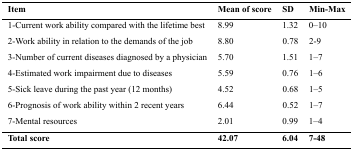
| Item | Mean of score | SD | Min-Max |
 | --- | --- | --- | --- |
 | 1-Current work ability compared with the lifetime best | 8.99 | 1.32 | 0–10 |
 | 2-Work ability in relation to the demands of the job | 8.80 | 0.78 | 2-9 |
 | 3-Number of current diseases diagnosed by a physician | 5.70 | 1.51 | 1–7 |
 | 4-Estimated work impairment due to diseases | 5.59 | 0.76 | 1–6 |
 | 5-Sick leave during the past year (12 months) | 4.52 | 0.68 | 1–5 |
 | 6-Prognosis of work ability within 2 recent years | 6.44 | 0.52 | 1–7 |
 | 7-Mental resources | 2.01 | 0.99 | 1–4 |
 | Total score | 42.07 | 6.04 | 7-48 |